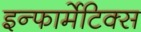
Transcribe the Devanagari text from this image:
इन्फार्मेटिक्स